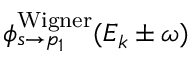
\phi _ { s \rightarrow p _ { 1 } } ^ { \mathrm { { W i g n e r } } } ( E _ { k } \pm \omega )